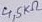
Text: 4,5KΩ